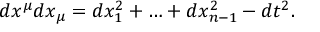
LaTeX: d x ^ { \mu } d x _ { \mu } = d x _ { 1 } ^ { 2 } + \ldots + d x _ { n - 1 } ^ { 2 } - d t ^ { 2 } .